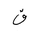
Letter: _qaf